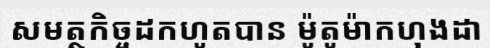
សមត្ថកិច្ចដកហូតបាន ម៉ូតូម៉ាកហុងដា